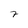
Character: 7